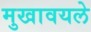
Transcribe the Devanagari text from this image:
मुखावयले